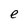
Character: e